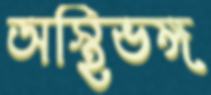
অস্থিভঙ্গ